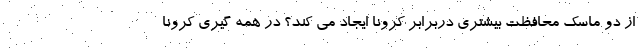
از دو ماسک محافظت بیشتری دربرابر کرونا ایجاد می کند؟ در همه گیری کرونا